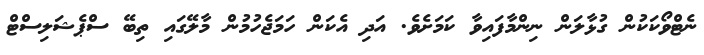
ނެޓްވޯކަކުން ގުޅާލަން ނިންމާފައިވާ ކަމަށެވެ. އަދި އެކަން ހަމަޖެހުމުން މާލޭގައި ތިބޭ ސްޕެޝަލިސްޓް